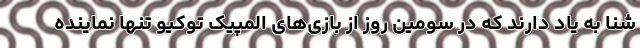
شنا به یاد دارند که در سومین روز از بازی‌های المپیک توکیو تنها نماینده